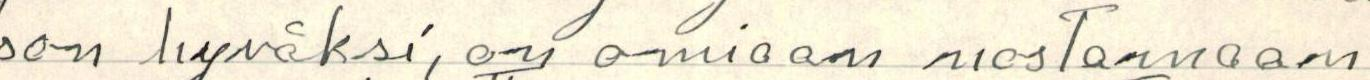
son hyväksi, on omiaan nostamaan